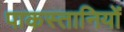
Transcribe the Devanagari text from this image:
पाकस्तानियों